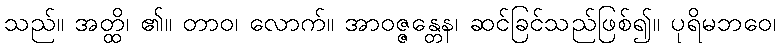
သည်။ အတ္ထိ၊ ၏။ တာဝ၊ လောက်။ အာဝဇ္ဇန္တေန၊ ဆင်ခြင်သည်ဖြစ်၍။ ပုရိမဘဝေ၊